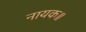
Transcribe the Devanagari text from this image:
नायक॥